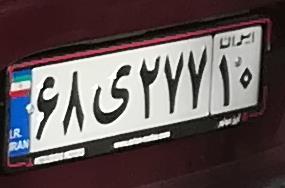
۶۸ی۲۷۷۱۰